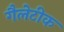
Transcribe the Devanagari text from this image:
गैलेटीक